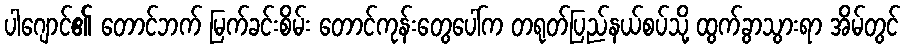
ပါဂျောင်၏ တောင်ဘက် မြက်ခင်းစိမ်း တောင်ကုန်းတွေပေါ်က တရုတ်ပြည်နယ်စပ်သို့ ထွက်ခွာသွားရာ အိမ်တွင်